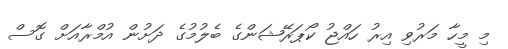
މި މީހާ މަރުވި އިރު ހައްޖު ކޯޕަރޭޝަންގެ ބެލުމުގެ ދަށުން އުމްރާއަށް ގޮސް